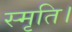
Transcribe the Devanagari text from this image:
स्मृति।